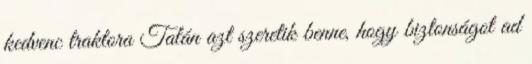
kedvenc traktora Talán azt szeretik benne, hogy biztonságot ad